Vital statistics of India. Vol. IV, Annual returns from 1871 to 1876. British Army of India, Native Army and jails of Bengal
Year: 1871
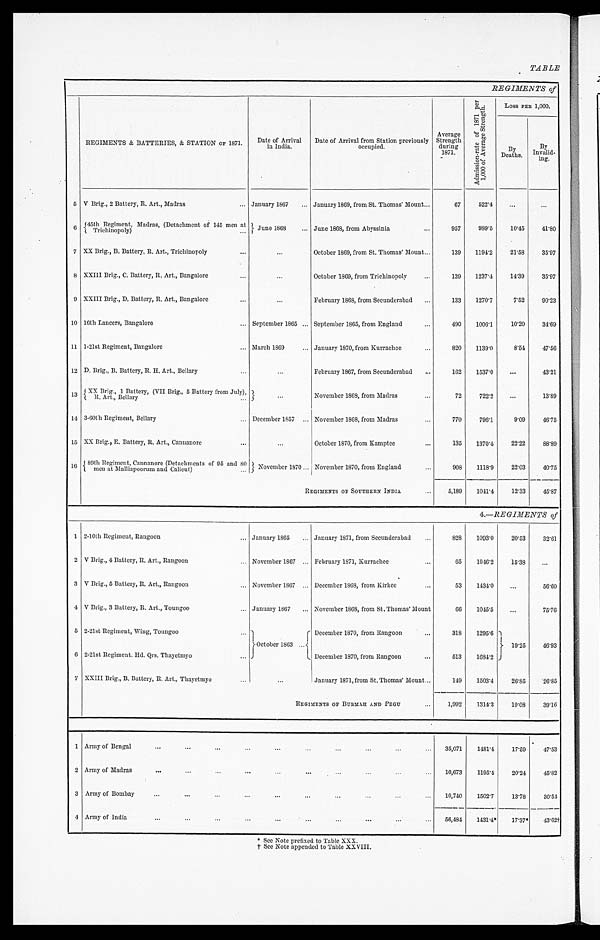
TABLE
REGIMENTS of
REGIMENTS & BATTERIES, & STATION OF 1871.
Date of Arrival
i n I ndi a
Date of Arrival from Station previously o c c u p i e d .
Average
Strength
during
1871.
A d m i s s i o n - r a t e o f 1 8 7 1 p e r 1 , 0 0 0 o f A v e r a g e S t r e n g t h .
Loss PER 1,000.
By Deaths.
By
Invalid-
ing.
5 V Brig., 2 Battery, R. Art., Madras
January 1867
January 1869, from St. Thomas' Mount
67
522.4
... ...
6
45th Regiment, Madras, (Detachment of 145 men at Trichinopoly) June 1868
June 1868, from Abyssinia
957
989.5
10.45
41.80
7 XX Brig., B. Battery, R. Art., Trichinopoly
. . .
October 1869, from St. Thomas' Mount
139
1194.2
21.58
35.97
8 XXIII Brig., C. Battery, R. Art., Bangalore
...
October 1869, from Trichinopoly
139
1237.4
14.39
35.97
9 XXIII Brig., D. Battery, R. Art., Bangalore
. . .
February 1868, from Secunderabad
133
1270.7
7.52
90.23
10 16th Lancers, Bangalore
September 1865
September 1865, from England
490
1006.1
10.20
34.69
11 1-21st Regiment, Bangalore
March 1869
January 1870, from Kurrachee
820 1139.0
8.54
47.56
12 D. Brig., B. Battery, R. H. Art., Bellary
...
February 1867, from Secunderabad
162
1537.0
...
43.21
13 XX Brig., 1 Battery, ( V I I B r i g . , 5 B a t t e r y f r o m J u l y ) , R . A r t . , B e l l a r y
. . .
November 1868, from Madras
72
722.2
...
13.89
14 3-60th Regiment, Bellary
December 1857
November 1868, from Madras
770
796.1
9.09
46.75
15 XX Brig., E. Battery, R. Art., Cannanore
...
October 1870, from Kamptee
135
1370.4
22.22
88.89
16 89th Regiment, Cannanore (Detachments of 95 and 80
men at Malliapoorum and Calicut)
November 1870 November 1870, from England
908
1118.9
22.03
40.75
REGIMENTS OF SOUTHERN INDIA
5,189
1041.4
12.33
45.87
4.—REGIMENTS of
1 2-10th Regiment, Rangoon
January 1865
January 1871, from Secunderabad
828
1093.0
20.53
32.61
2 V Brig., 4 Battery, R. Art., Rangoon
November 1867
February 1871, Kurrachee
65
1046.2
15.38
...
3 V Brig., 5 Battery, R. Art., Rangoon
November 1867
December 1868, from Kirkee
53
1434.0
. . .
56.60
4 V Brig., 3 Battery, R. Art., Toungoo
January 1867
November 1868, from St. Thomas' Mount
66
1045.5
...
75.76
5 2-21st Regiment, Wing, Toungoo
October 1863
December 1870, from Rangoon
318 1295.6
19.25
46.93
6 2-21st Regiment. Hd. Qrs. Thayetmyo
December 1870, from Rangoon
513
1684.2
7 XXIII Brig., B. Battery, R. Art., Thayetmyo
...
January 1871, from St. Thomas' Mount
149 1503.4
26.85
26.85
REGIMENTS OF BURMAH AND PEGU
1,992
1314.3
19.08
39.16
1 Army of Bengal
35,071
1481.4
17.59
47.53
2 Army of Madras
10,673
1195.4
20.24
45.82
3 Army of Bombay
10,740 1502.7
13.78
30.54
4 Army of India
56,484
1431.4*
17.37*
43.62†
* See Note prefixed to Table XXX.